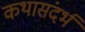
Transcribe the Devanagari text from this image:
कथासंदर्भ